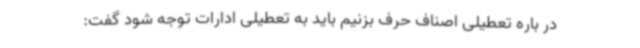
در باره تعطیلی اصناف حرف بزنیم باید به تعطیلی ادارات توجه شود گفت: